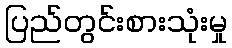
ပြည်တွင်းစားသုံးမှု